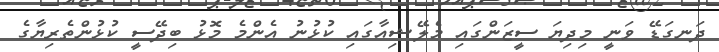
ދަނގަޑޭ ވަނީ މިދިޔަ ސީޒަންގައި މެލޭޝިއާގައި ކުޅުނު އެންމެ މޮޅު ބިދޭސީ ކުޅުންތެރިޔާގެ